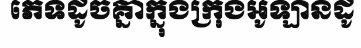
ភេទដូចគ្នាក្នុងក្រុងអូឡានដូ